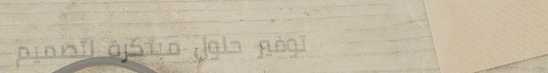
توفير حلول مبتكرة لتصميم